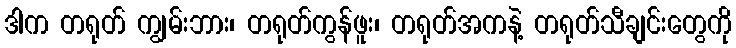
ဒါက တရုတ် ကျွမ်းဘား၊ တရုတ်ကွန်ဖူး၊ တရုတ်အကနဲ့ တရုတ်သီချင်းတွေကို